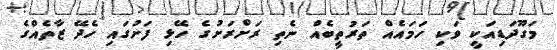
މަގޫދަޑިއަކީ ވަކި ހަމައެއް ތަރުތީބެއް ނެތި ރަށްރަށުގެ ހޭޅި ފަށުގައި ހެދޭ ޒާތެއްގެ